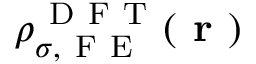
\rho _ { \sigma , \mathrm { ~ F ~ E ~ } } ^ { \mathrm { ~ D ~ F ~ T ~ } } ( \boldsymbol { \textbf { r } } )